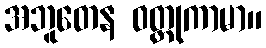
အဘူတေန ဝတ္တုကာမာ။